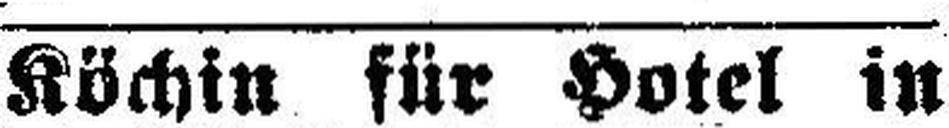
Köchin für Hotel in